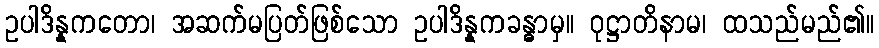
ဥပါဒိန္နကတော၊ အဆက်မပြတ်ဖြစ်သော ဥပါဒိန္နကခန္ဓာမှ။ ဝုဋ္ဌာတိနာမ၊ ထသည်မည်၏။